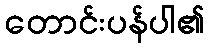
တောင်းပန်ပါ၏